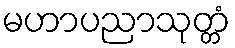
မဟာပညာသုတ္တံ